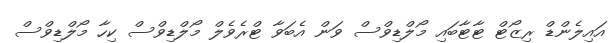
އައިލެންޑް ރިޒޯޓް ޓާޓާބައި މޯލްޑިވްސް ވަން އެބަވާ ޓްރެވެލް މޯލްޑިވްސް ކިހާ މޯލްޑިވްސް